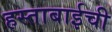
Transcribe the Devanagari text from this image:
हस्ताबाईची